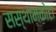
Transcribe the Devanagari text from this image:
सस्थामकोटा